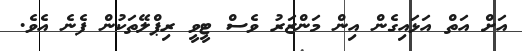
އަށް އަތް އަޅައިގެން އިން މަންޒަރު ވެސް ޓީވީ ރިޕްލޭތަކުން ފެނެ އެވެ.